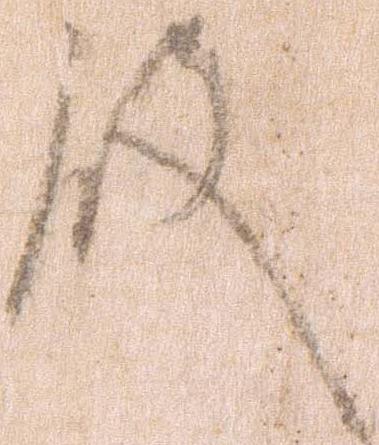
殿